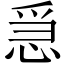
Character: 𢚩